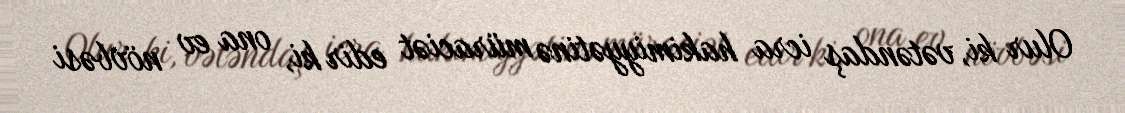
Olur ki, vətəndaş icra hakimiyyətinə müraciət edir ki, ona ev növbəsi